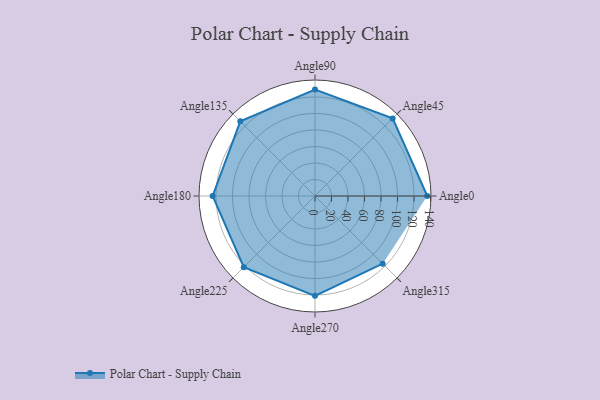
{"axis": {"x": "Angle", "y": "Radius"}, "legend": [""], "data": [{"x": "Angle0", "y": 136.0, "type": ""}, {"x": "Angle45", "y": 133.0, "type": ""}, {"x": "Angle90", "y": 129.0, "type": ""}, {"x": "Angle135", "y": 128.0, "type": ""}, {"x": "Angle180", "y": 124.0, "type": ""}, {"x": "Angle225", "y": 122.0, "type": ""}, {"x": "Angle270", "y": 121.0, "type": ""}, {"x": "Angle315", "y": 116.0, "type": ""}]}